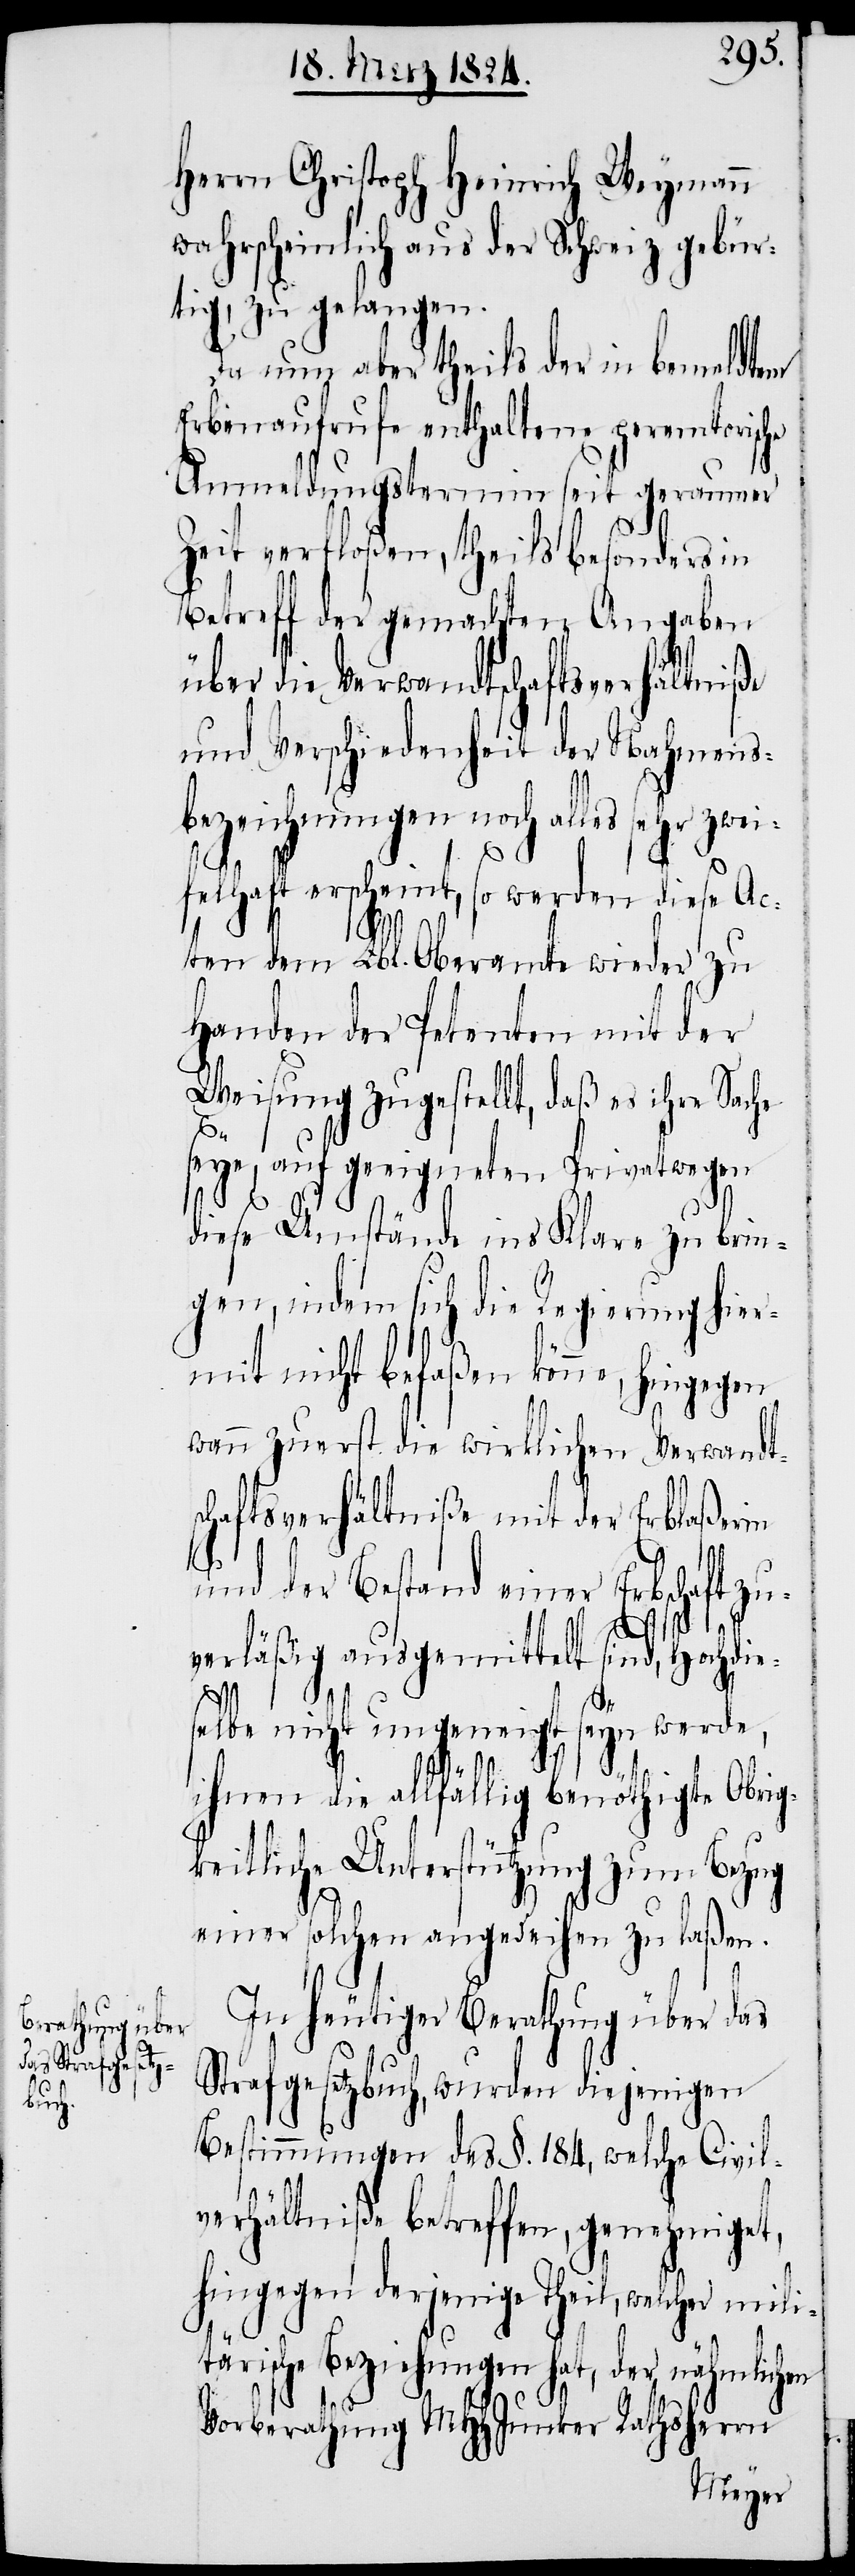
Herrn Christoph Heinrich Weymann
wahrscheinlich aus der Schweiz gebür¬
tig, zu gelangen.
Da nun aber theils der in bemeldten
Erbenaufrufe enthaltene perentorische
Anmeldungstermin seit geraumer
Zeit verfloßen, theils besonders in
Betreff der gemachten Angaben
über die Verwandtschaftsverhältniße
und Verschiedenheit der Nahmens¬
bezeichnungen noch alles sehr z¬
felhaft erscheint, so werden diese Ac¬
ten dem Lbl. Oberamte wieder zu
Handen der Petenten mit der
Weisung zugestellt, daß es ihre Sache
e¬
eye, auf geeigneten Privatwegen
diese Umstände ins Klare zu brin¬
gen, indem sich die Regierung hier¬
mit nicht befaßen könne, hingegen
wann zuerst die wirklichen Verwandt¬
schaftsverhältniße mit der Erblaßerin
und der Bestand einer Erbschaft z¬
verläßig ausgemittelt sind, Hochdi¬
selbe nicht ungeneigt seyn werde,
ihnen die allfällig benöthigte Obrig¬
keitliche Unterstützung zum Bezug
einer solchen angedeihen zu laßen.
In heutiger Berathung über das
Strafgesetzbuch, wurden diejenigen
Bestimmungen des §. 184, welche Civil¬
verhältniße betreffen, genehmiget,
hingegen derjenige Theil, welcher mili¬
tärische Beziehungen hat, der nähmlichen
Vorberathung MHJunker Rathsherrn